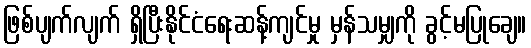
ဖြစ်ပျက်လျက် ရှိပြီးနိုင်ငံရေးဆန့်ကျင်မှု မှန်သမျှကို ခွင့်မပြုချေ။